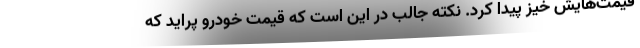
قیمت‌هایش خیز پیدا کرد. نکته جالب در این است که قیمت خودرو پراید که